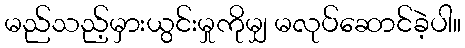
မည်သည့်မှားယွင်းမှုကိုမျှ မလုပ်ဆောင်ခဲ့ပါ။